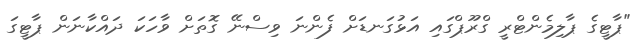
"ޕާޓީގެ ޕާލިމެންޓްރީ ގްރޫޕްގައި އަޅުގަނޑަށް ފެންނަ ވިސްނޭ ގޮތަށް ވާހަކަ ދައްކާނަން ޕާޓީގަ